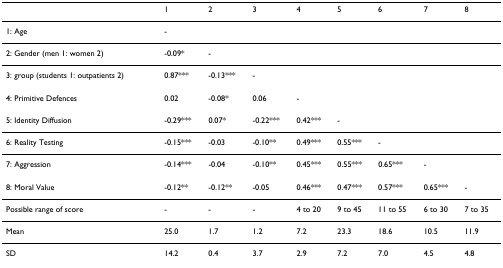
<table><thead><tr><td></td><td><b>1</b></td><td><b>2</b></td><td><b>3</b></td><td><b>4</b></td><td><b>5</b></td><td><b>6</b></td><td><b>7</b></td><td><b>8</b></td></tr></thead><tbody><tr><td>1: Age</td><td>-</td><td></td><td></td><td></td><td></td><td></td><td></td><td></td></tr><tr><td>2: Gender (men 1: women 2)</td><td>-0.09*</td><td>-</td><td></td><td></td><td></td><td></td><td></td><td></td></tr><tr><td>3: group (students 1: outpatients 2)</td><td>0.87***</td><td>-0.13***</td><td>-</td><td></td><td></td><td></td><td></td><td></td></tr><tr><td>4: Primitive Defences</td><td>0.02</td><td>-0.08*</td><td>0.06</td><td>-</td><td></td><td></td><td></td><td></td></tr><tr><td>5: Identity Diffusion</td><td>-0.29***</td><td>0.07*</td><td>-0.22***</td><td>0.42***</td><td>-</td><td></td><td></td><td></td></tr><tr><td>6: Reality Testing</td><td>-0.15***</td><td>-0.03</td><td>-0.10**</td><td>0.49***</td><td>0.55***</td><td>-</td><td></td><td></td></tr><tr><td>7: Aggression</td><td>-0.14***</td><td>-0.04</td><td>-0.10**</td><td>0.45***</td><td>0.55***</td><td>0.65***</td><td>-</td><td></td></tr><tr><td>8: Moral Value</td><td>-0.12**</td><td>-0.12**</td><td>-0.05</td><td>0.46***</td><td>0.47***</td><td>0.57***</td><td>0.65***</td><td>-</td></tr><tr><td>Possible range of score</td><td>-</td><td>-</td><td>-</td><td>4 to 20</td><td>9 to 45</td><td>11 to 55</td><td>6 to 30</td><td>7 to 35</td></tr><tr><td>Mean</td><td>25.0</td><td>1.7</td><td>1.2</td><td>7.2</td><td>23.3</td><td>18.6</td><td>10.5</td><td>11.9</td></tr><tr><td>SD</td><td>14.2</td><td>0.4</td><td>3.7</td><td>2.9</td><td>7.2</td><td>7.0</td><td>4.5</td><td>4.8</td></tr></tbody></table>